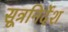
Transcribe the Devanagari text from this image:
सूत्रनिर्देश